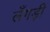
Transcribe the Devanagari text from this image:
लँगड़ी